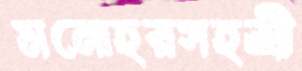
মনোহরসহশ্রী